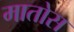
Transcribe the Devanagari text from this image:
मातोस